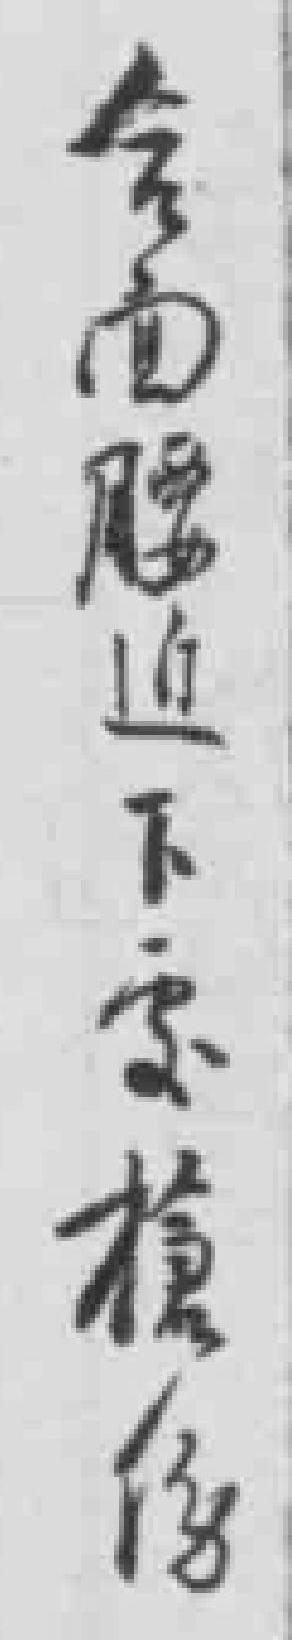
*面腰近下*槍伤